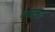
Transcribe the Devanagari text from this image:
त्‍याला